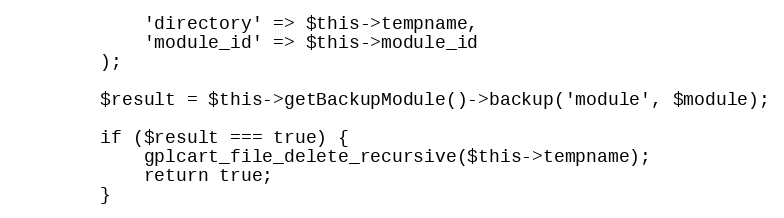
Language: PHP
            'directory' => $this->tempname,
            'module_id' => $this->module_id
        );

        $result = $this->getBackupModule()->backup('module', $module);

        if ($result === true) {
            gplcart_file_delete_recursive($this->tempname);
            return true;
        }